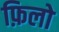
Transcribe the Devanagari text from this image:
फ़िलो